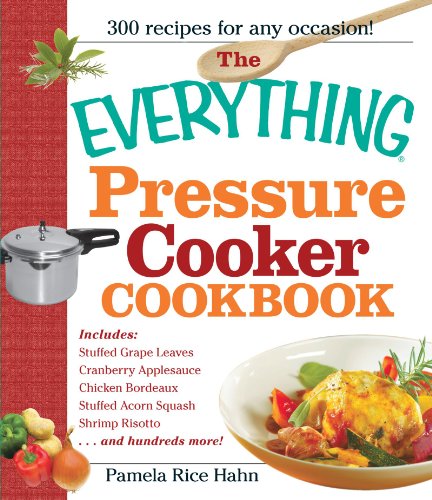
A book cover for The Everything Pressure Cooker Cookbook; Pamela Rice Hahn; Cookbooks, Food & Wine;